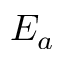
E _ { a }